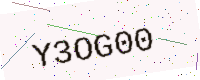
Text: Y3OG00